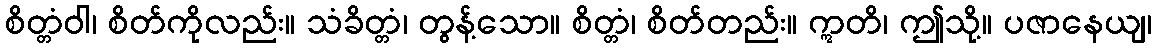
စိတ္တံဝါ၊ စိတ်ကိုလည်း။ သံခိတ္တံ၊ တွန့်သော။ စိတ္တံ၊ စိတ်တည်း။ ဣတိ၊ ဤသို့။ ပဇာနေယျ၊